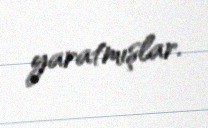
yaratmışlar.